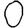
Digit: 0